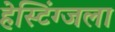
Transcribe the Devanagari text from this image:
हेस्टिंग्जला